Preliminary report on the development of the Leishman-Donovan body in the bed bug - Number 27
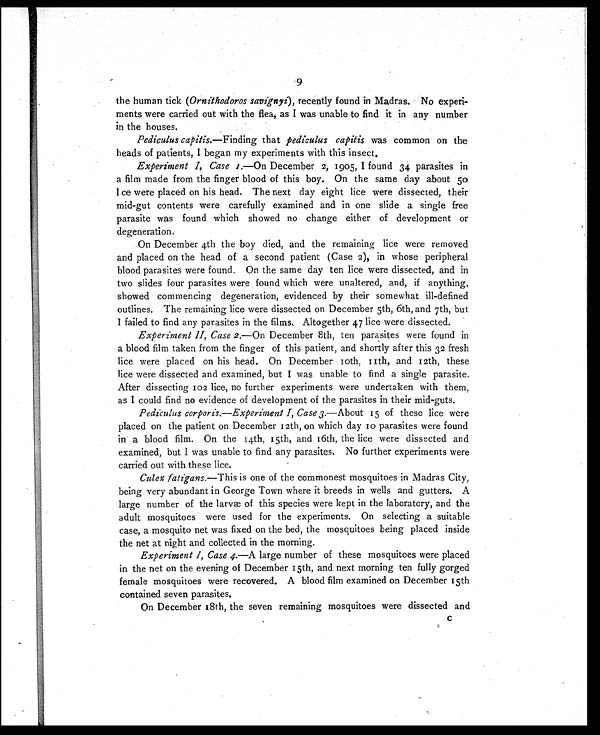
9
the human tick (Ornithodoros savignyi), recently found in Madras. No experi-
ments were carried out with the flea, as I was unable to find it in any number
in the houses.
Pediculus capitis. —Finding that pediculus capitis was common on the
heads of patients, I began my experiments with this insect,
Experiment I, Case 1.—On December 2, 1905, I found 34 parasites in
a film made from the finger blood of this boy. On the same day about 50
1 ce were placed on his head. The next day eight lice were dissected, their
mid-gut contents were carefully examined and in one slide a single free
parasite was found which showed no change either of development or
degeneration.
On December 4th the boy died, and the remaining lice were removed
and placed on the head of a second patient (Case 2), in whose peripheral
blood parasites were found. On the same day ten lice were dissected, and in
two slides four parasites were found which were unaltered, and, if anything,
showed commencing degeneration, evidenced by their somewhat ill-defined
outlines. The remaining lice were dissected on December 5th, 6th, and 7th, but
I failed to find any parasites in the films. Altogether 47 lice were dissected.
Experiment II, Case 2.—On December 8th, ten parasites were found in
a blood film taken from the finger of this patient, and shortly after this 32 fresh
lice were placed on his head. On December l0th, 11th, and 12th, these
lice were dissected and examined, but I was unable to find a single parasite.
After dissecting 102 lice, no further experiments were undertaken with them,
as I could find no evidence of development of the parasites in their mid-guts.
Pediculus corporis.—Experiment I, Case 3. —About 15 of these lice were
placed on the patient on December 12th, on which day 10 parasites were found
in a blood film. On the 14th, 15th, and 16th, the lice were dissected and
examined, but I was unable to find any parasites. No further experiments were
carried out with these lice.
Culex fatigans. —This is one of the commonest mosquitoes in Madras City,
being very abundant in George Town where it breeds in wells and gutters. A
large number of the larvæ of this species were kept in the laboratory, and the
adult mosquitoes were used for the experiments. On selecting a suitable
case, a mosquito net was fixed on the bed, the mosquitoes being placed inside
the net at night and collected in the morning.
Experiment 1, Case 4. —A large number of these mosquitoes were placed
in the net on the evening of December 15th, and next morning ten fully gorged
female mosquitoes were recovered. A blood film examined on December 15th
contained seven parasites.
On December 18th, the seven remaining mosquitoes were dissected and c